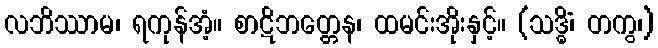
လဘိဿာမ၊ ရကုန်အံ့။ စာဋိဘတ္တေန၊ ထမင်းအိုးနှင့်။ (သဒ္ဓိံ၊ တကွ၊)